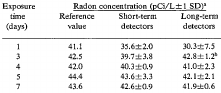
<table><thead><tr><td rowspan="2"><b>Exposure time (days)</b></td><td colspan="3"><b>Radon concentration (pCi/L ±1 SD)a</b></td></tr><tr><td><b>Reference value</b></td><td><b>Short-term detectors</b></td><td><b>Long-term detectors</b></td></tr></thead><tbody><tr><td>1</td><td>41.1</td><td>35.6±2.0</td><td>30.3±7.5</td></tr><tr><td>3</td><td>42.5</td><td>39.7±3.8</td><td>42.8 ±1.2b</td></tr><tr><td>4</td><td>42.0</td><td>40.3±0.9</td><td>41.0±2.3</td></tr><tr><td>5</td><td>44.4</td><td>43.6±3.3</td><td>42.1±2.1</td></tr><tr><td>7</td><td>43.6</td><td>42.6±0.9</td><td>41.9±0.6</td></tr></tbody></table>